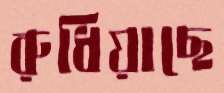
রুধিয়াছে